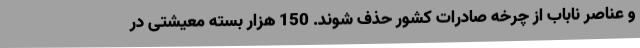
و عناصر ناباب از چرخه صادرات کشور حذف شوند. 150 هزار بسته معیشتی در